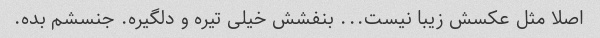
اصلا مثل عکسش زیبا نیست... بنفشش خیلی تیره و دلگیره. جنسشم بده.